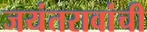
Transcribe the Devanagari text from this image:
जयंतरावांची